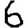
Digit: 6